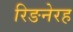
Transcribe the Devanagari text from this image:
रिङनेरह